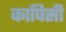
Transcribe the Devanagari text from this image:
कापिसी